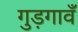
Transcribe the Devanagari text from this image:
गुड़गावँ